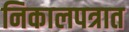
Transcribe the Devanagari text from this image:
निकालपत्रात